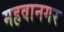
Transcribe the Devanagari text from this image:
महवानगर